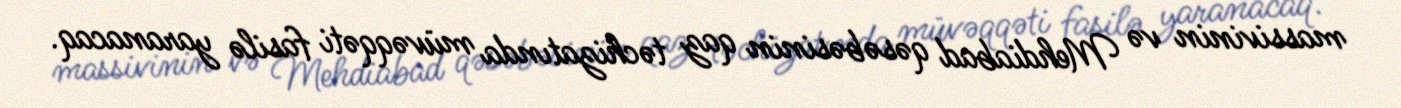
massivinin və Mehdiabad qəsəbəsinin qaz təchizatında müvəqqəti fasilə yaranacaq.